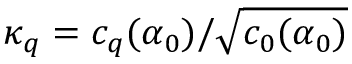
\kappa _ { q } = c _ { q } ( \alpha _ { 0 } ) / \sqrt { c _ { 0 } ( \alpha _ { 0 } ) }